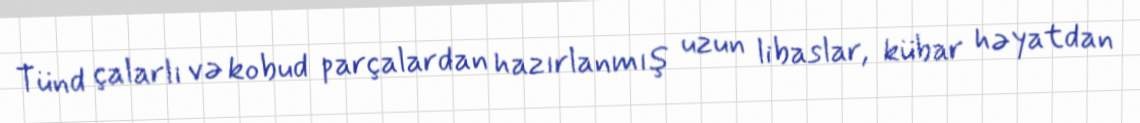
Tünd çalarlı və kobud parçalardan hazırlanmış uzun libaslar, kübar həyatdan